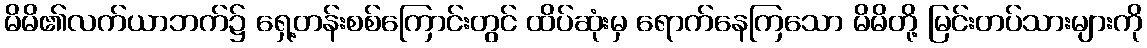
မိမိ၏လက်ယာဘက်၌ ရှေ့တန်းစစ်ကြောင်းတွင် ထိပ်ဆုံးမှ ရောက်နေကြသော မိမိတို့ မြင်းတပ်သားများကို